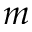
m